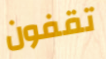
تقفون